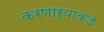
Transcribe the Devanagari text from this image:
करणाऱ्याकडे